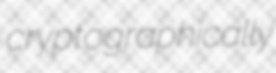
cryptographically